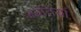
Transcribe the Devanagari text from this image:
जयंतियों